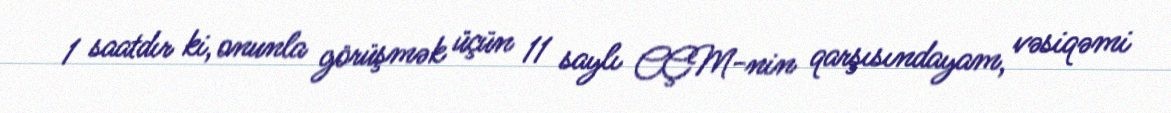
1 saatdır ki, onunla görüşmək üçün 11 saylı CÇM-nin qarşısındayam, vəsiqəmi